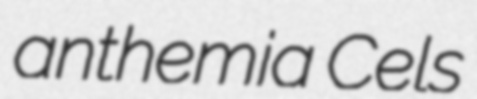
anthemia Cels